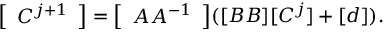
{ \left[ \begin{array} { l } { C ^ { j + 1 } } \end{array} \right] } = { \left[ \begin{array} { l } { A A ^ { - 1 } } \end{array} \right] } ( [ B B ] [ C ^ { j } ] + [ d ] ) .